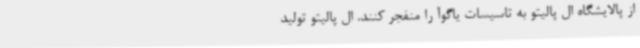
از پالایشگاه ال پالیتو به تاسیسات یاگوآ را منفجر کنند. ال پالیتو تولید